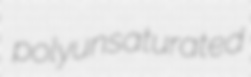
polyunsaturated